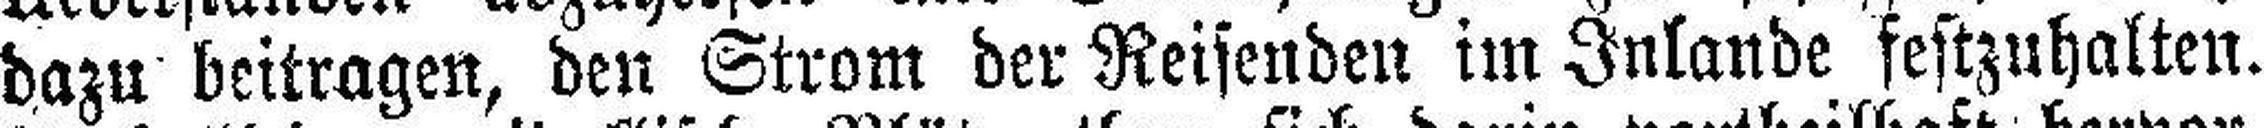
dazu beitragen, den Strom der Reisenden im Inlande festzuhalten.